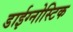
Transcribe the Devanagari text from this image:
डाईग्नोस्टिक